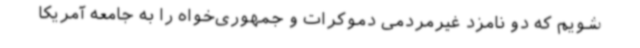
شویم که دو نامزد غیرمردمی دموکرات و جمهوری‌خواه را به جامعه آمریکا